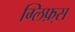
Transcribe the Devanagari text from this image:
ग्लिफ़्स